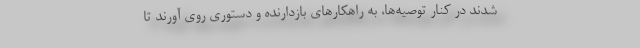
شدند در کنار توصیه‌ها، به راهکارهای بازدارنده و دستوری روی آورند تا